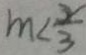
m < \frac { 3 x } { 3 }